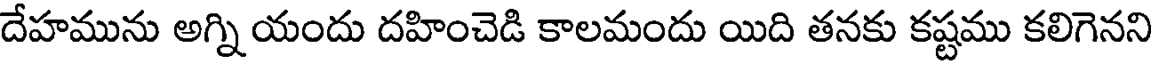
దేహమును అగ్ని యందు దహించెడి కాలమందు యిది తనకు కష్టము కలిగెనని